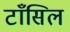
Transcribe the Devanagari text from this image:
टाँसिल